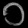
Digit: ၁